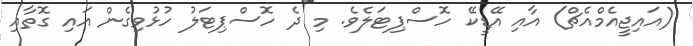
(އައިޖީއެމްއެޗް) އާއި އޭޑީކޭ ހޮސްޕިޓަލެވެ. މި ދެ ހޮސްޕިޓަލު ހުޅުވިގެން އައި ގޮތާއި